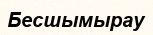
Бесшымырау